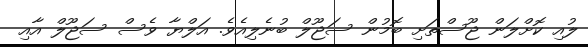
ލުއި ކޮށްލަން ޖޫސްތަށި ބޮމުން ސަޖޫލް ބުނެލިއެވެ. އަލްޔާ ވެސް ސަޖޫލް އާއި